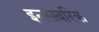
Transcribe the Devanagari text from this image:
इनसबरिक